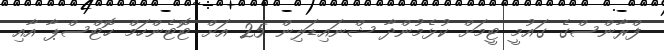
ފްރާންސްގެ ގައުމީ ޓީމަށް ކުޅެމުންދާ ޝްނައިޑަލިން 25 އަށް ޓޮޓެންހަމް ހޮޓްސްޕާ އާއި